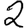
Digit: 2